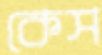
কেস